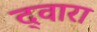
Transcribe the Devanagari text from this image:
द्‍वारा